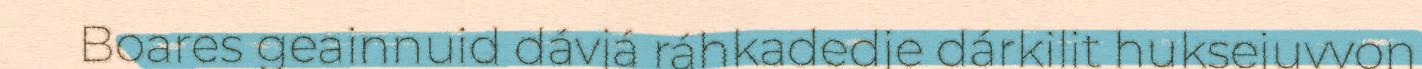
Boares geainnuid dávjá ráhkadedje dárkilit huksejuvvon